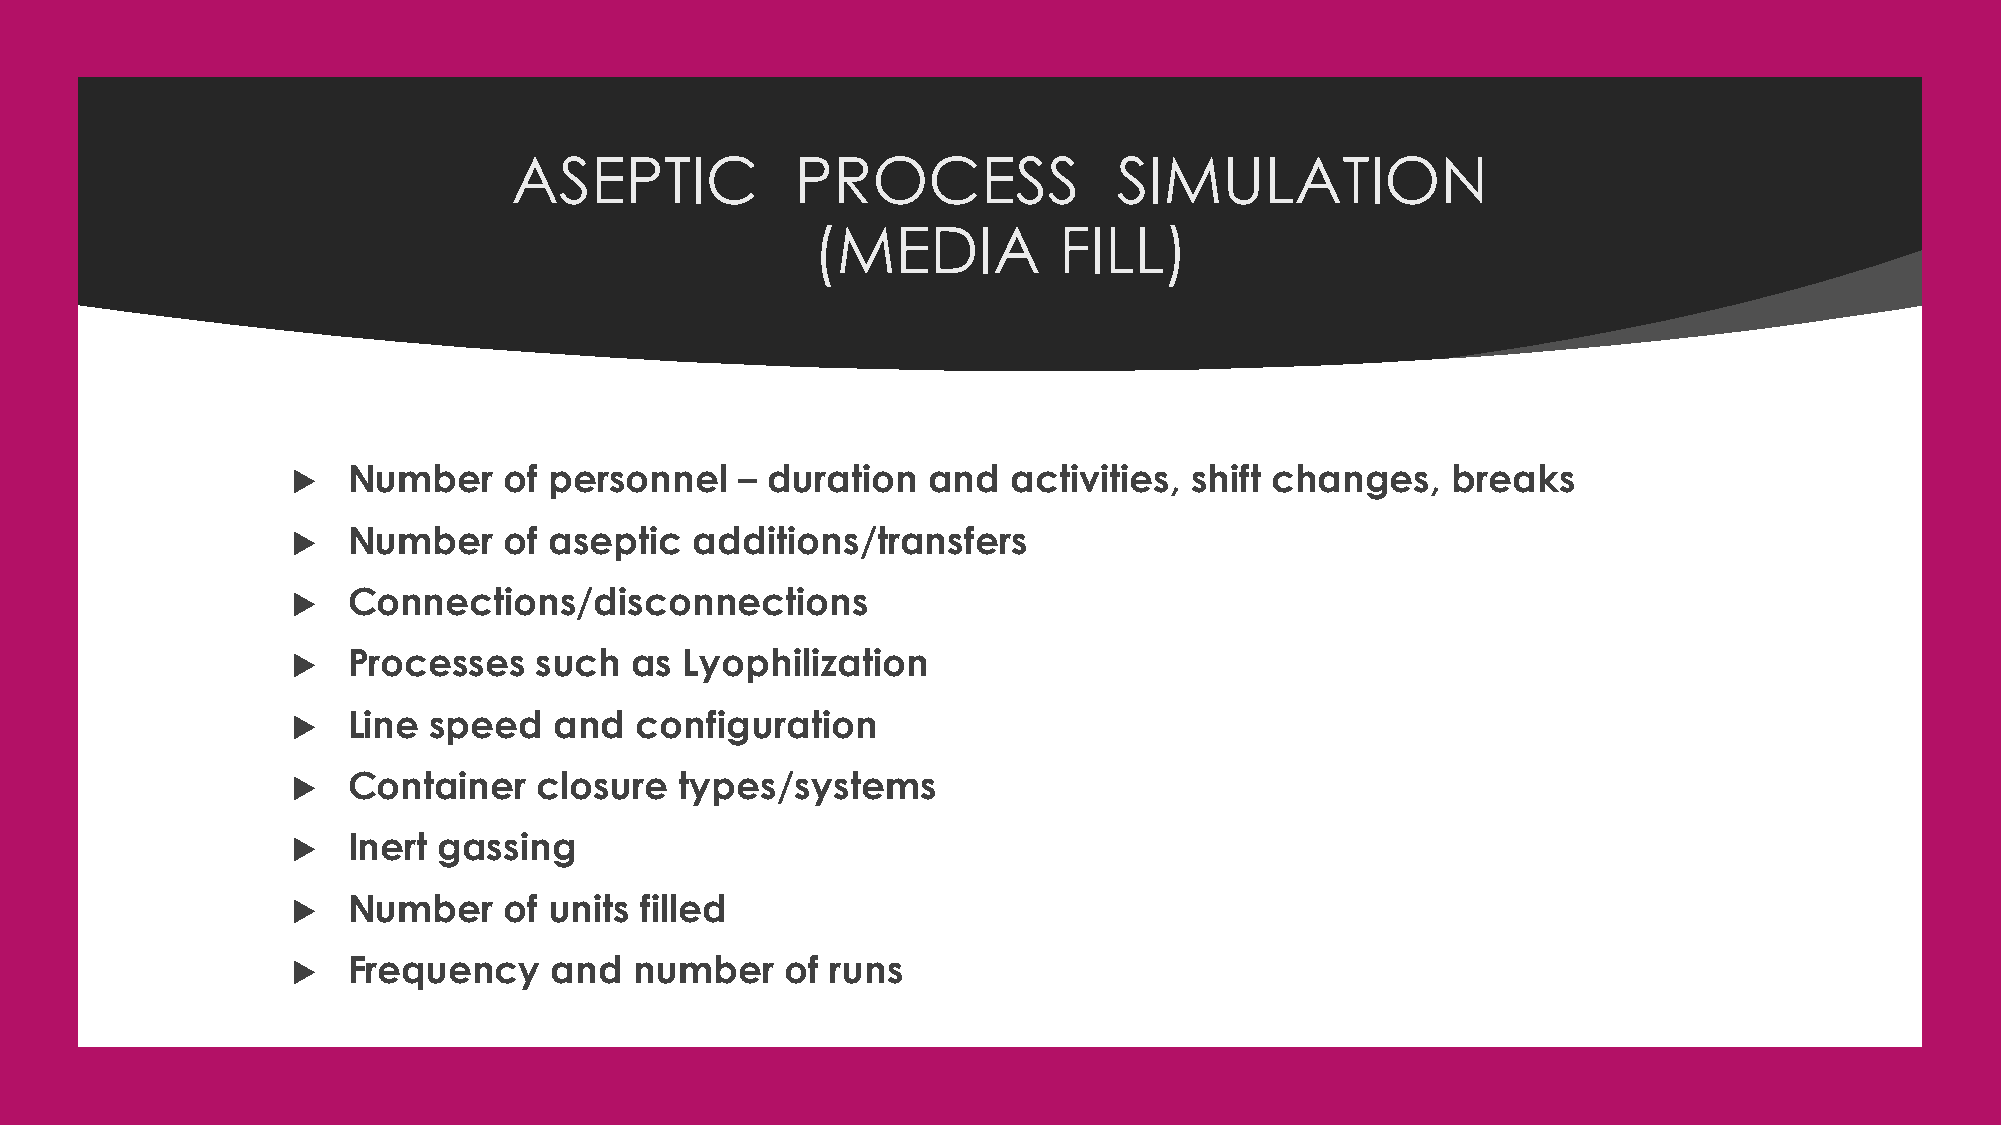
ASEPTIC            PROCESS              SIMULATION
 (MEDIA          FILL)
    Number    of personnel    – duration  and   activities, shift changes,   breaks
    Number    of aseptic   additions/transfers
    Connections/disconnections
    Processes   such   as Lyophilization
    Line speed    and  configuration
    Container    closure  types/systems
    Inert gassing
    Number    of units filled
    Frequency    and   number    of runs